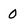
Character: 0